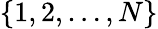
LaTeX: \{ 1,2,\ldots,N\}